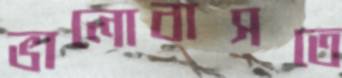
ভালোবাসতে